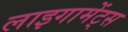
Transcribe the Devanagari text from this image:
लाइगामेंट्स